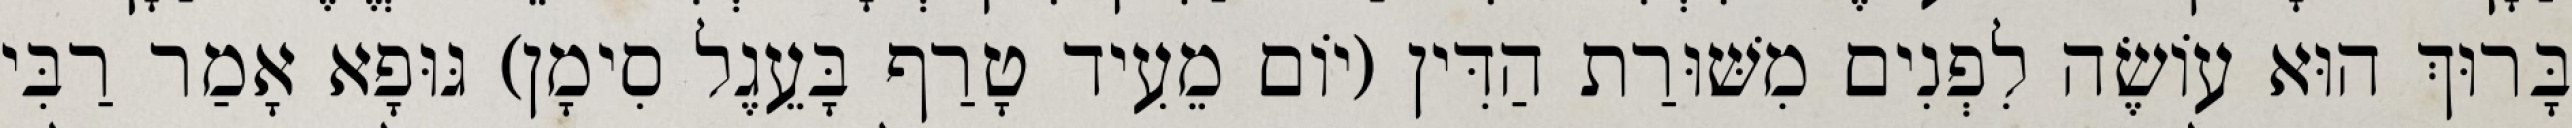
בָּרוּךְ הוּא עוֹשֶׂה לִפְנִים מִשּׁוּרַת הַדִּין (יוֹם מֵעִיד טָרַף בָּעֵגֶל סִימָן) גּוּפָא אָמַר רַבִּי